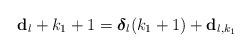
LaTeX: \begin{align*}\mathbf{d}_{l} + k_{1} + 1 = \boldsymbol{\delta}_{l}(k_{1}+1) + \mathbf{d}_{l,k_{1}} \end{align*}